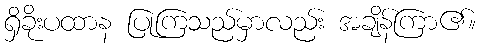
ရှိခိုးပထာန ပြုကြသည်မှာလည်း အချိန်ကြာ၏။